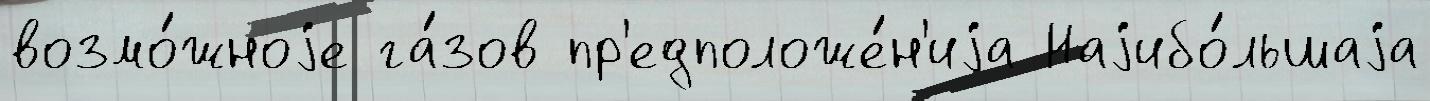
возмо́жноjе га́зов пр'едположе́н'иjа Наjибо́льшаjа